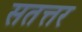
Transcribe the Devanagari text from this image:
सतत्तर